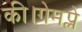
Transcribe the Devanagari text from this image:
की।गेमप्ले